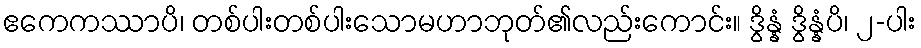
ဧကေကဿာပိ၊ တစ်ပါးတစ်ပါးသောမဟာဘုတ်၏လည်းကောင်း။ ဒွိန္နံ ဒွိန္နံပိ၊ ၂-ပါး